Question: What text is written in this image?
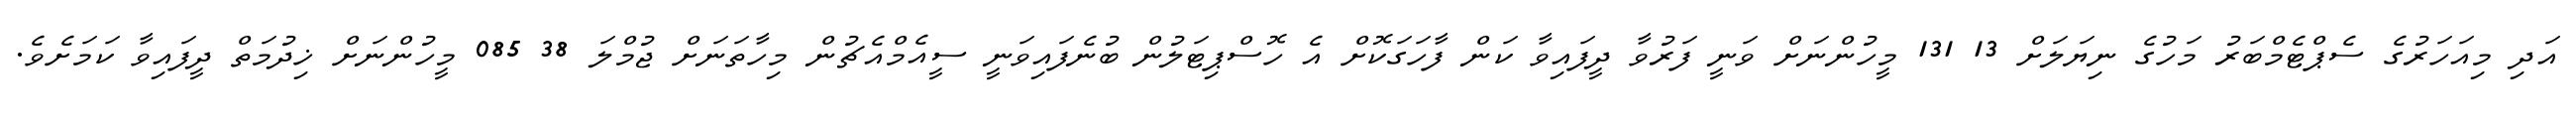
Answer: އަދި މިއަހަރުގެ ސެޕްޓެމްބަރު މަހުގެ ނިޔަލަށް 13 131 މީހުންނަށް ވަނީ ފަރުވާ ދީފައިވާ ކަން ފާހަގަކޮށް އެ ހޮސްޕިޓަލުން ބުނެފައިވަނީ ސީއެމްއެޗުން މިހާތަނަށް ޖުމްލަ 38 085 މީހުންނަށް ޚިދުމަތް ދީފައިވާ ކަމަށެވެ.